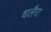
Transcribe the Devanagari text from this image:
धलैरा